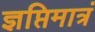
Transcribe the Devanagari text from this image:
ज्ञप्तिमात्रं